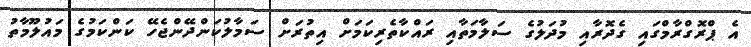
އެ ޕްރޮގްރާމްގައި ގެދޮރާއި މުދަލުގެ ސަލާމަތާއި ރައްކާތެރިކަމަށް އިތުރަށް ސަމާލުކަންދޭންޖެހޭ ކަންކަމުގެ މައުލޫމާތު